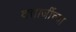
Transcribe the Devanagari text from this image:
दत्ताजींच्या